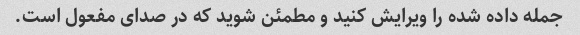
جمله داده شده را ویرایش کنید و مطمئن شوید که در صدای مفعول است.